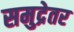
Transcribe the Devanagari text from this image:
समुद्रेतर